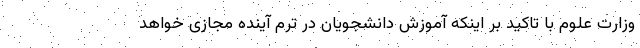
وزارت علوم با تاکید بر اینکه آموزش دانشجویان در ترم آینده مجازی خواهد